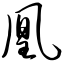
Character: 凰